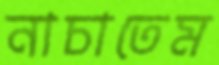
নাচাতেম